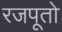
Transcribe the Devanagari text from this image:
रजपूतो